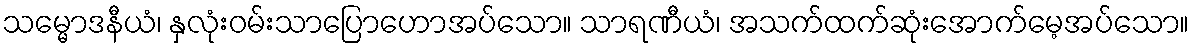
သမ္မောဒနီယံ၊ နှလုံးဝမ်းသာပြောဟောအပ်သော။ သာရဏီယံ၊ အသက်ထက်ဆုံးအောက်မေ့အပ်သော။